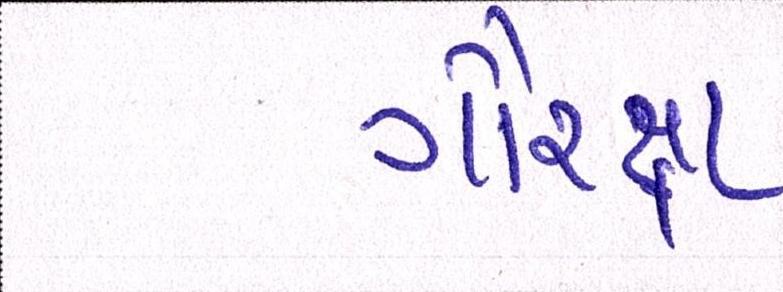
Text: ગૌરક્ષા